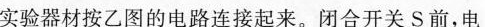
实验器材按乙图的电路连接起来。闭合开关S前，电